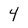
Character: 4